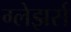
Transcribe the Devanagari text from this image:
ग्लेझर्स